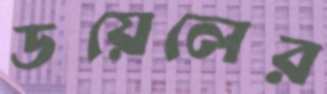
ডয়েলের